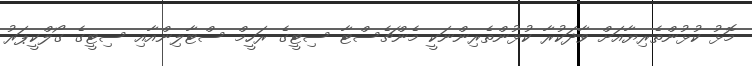
މޮޅު ކުޅުންތެރިޔާއަށް ވާދަކުރާ ކުޅުންތެރިންނަކީ މެންޗެސްޓާ ސިޓީގެ ރަހީމް ސްޓާލިންއާއި ސިޓީގެ ގޯލްކީޕަރު